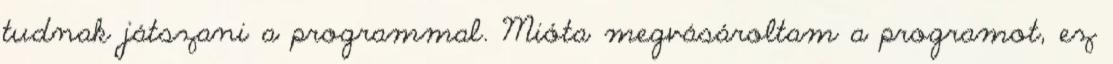
tudnak játszani a programmal. Mióta megvásároltam a programot, ez